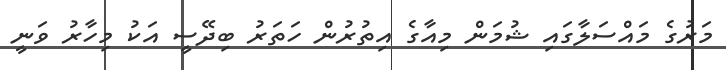
މަރުގެ މައްސަލާގައި ޝުމަން މިއާގެ އިތުރުން ހަތަރު ބިދޭސީ އަކު މިހާރު ވަނީ